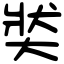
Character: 𡘾